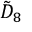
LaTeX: { \tilde { D } } _ { 8 }